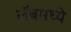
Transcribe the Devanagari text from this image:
लॅबमध्ये